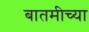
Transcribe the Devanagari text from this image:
बातमीच्या